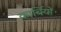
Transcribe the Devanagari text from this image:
कार्बियों